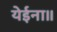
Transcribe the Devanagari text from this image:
येईना॥